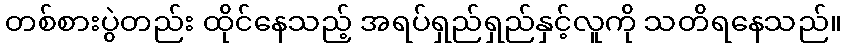
တစ်စားပွဲတည်း ထိုင်နေသည့် အရပ်ရှည်ရှည်နှင့်လူကို သတိရနေသည်။